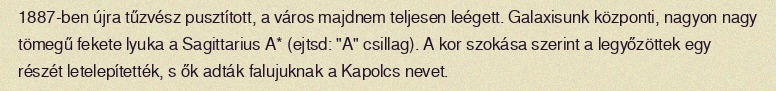
1887-ben újra tűzvész pusztított, a város majdnem teljesen leégett. Galaxisunk központi, nagyon nagy tömegű fekete lyuka a Sagittarius A* (ejtsd: "A" csillag). A kor szokása szerint a legyőzöttek egy részét letelepítették, s ők adták falujuknak a Kapolcs nevet.